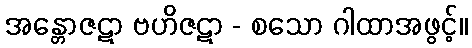
အန္တောဇဋာ ဗဟိဇဋာ - စသော ဂါထာအဖွင့်။